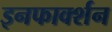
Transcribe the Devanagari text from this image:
इनफार्क्शन